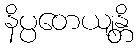
နိပ္ပတေယျန္တိ